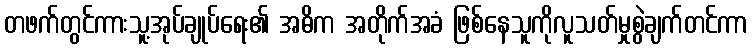
တဖက်တွင်ကားသူ့အုပ်ချုပ်ရေး၏ အဓိက အတိုက်အခံ ဖြစ်နေသူကိုလူသတ်မှုစွဲချက်တင်ကာ